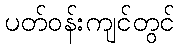
ပတ်ဝန်းကျင်တွင်